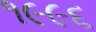
૧૯૯૬